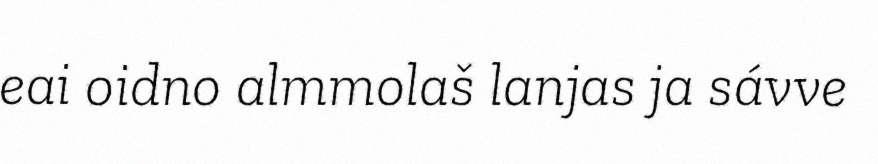
eai oidno almmolaš lanjas ja sávve